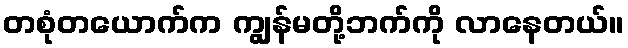
တစုံတယောက်က ကျွန်မတို့ဘက်ကို လာနေတယ်။